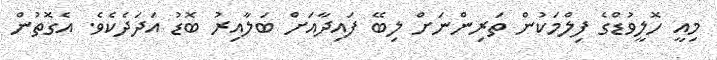
މިއީ ހޮލީވުޑްގެ ފިލްމަކުން ތަރިންނަށް ލިބޭ ފައިދާއަށް ބަލާއިރު ބޮޑު އަދަދެކެވެ. އެގޮތުން